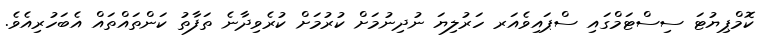
ކޮމްޕިޔުޓަ ސިސްޓަމްގައި ސްޕައިވެއަރ ހަރުލިޔަ ނުދިނުމަށް ކުރުމަށް ކުރެވިދާނެ ތަފާތު ކަންތައްތައް އެބަހުރިއެވެ.